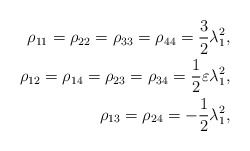
\begin{align*} \rho_{11}=\rho_{22}=\rho_{33}=\rho_{44}=\frac{3}{2}\lambda_{1}^{2},\\ \rho_{12}=\rho_{14}=\rho_{23}=\rho_{34}=\frac{1}{2}\varepsilon\lambda_{1}^{2}, \\\rho_{13}=\rho_{24}=-\frac{1}{2}\lambda_{1}^{2},\end{align*}